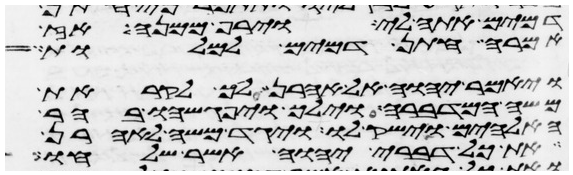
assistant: דמים אתה לי וירף ממנה אז
אמרה חתן דמים למלות
ויאמר יהוה אל אהרן לך לקראת
משה המדברה וילך ויפגשהו בהר
האלהים וישק לו ויגד משה לאהרן
את כל דברי יהוה אשר שלחו